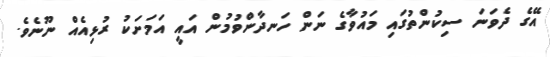
އޭގެ ދެވަނަ ސިކުންތުގައި މައުވާގެ ނަން ހަނދާންވުމުން އައީ އަމަށަކު ރުޅިއެއް ނޫނެވެ.